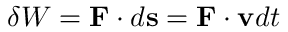
\delta W = \mathbf { F } \cdot d \mathbf { s } = \mathbf { F } \cdot \mathbf { v } d t